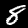
Label: 8